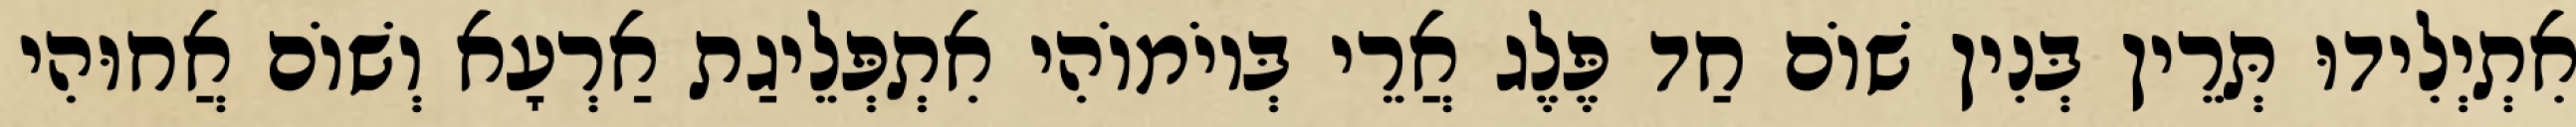
אִתְיְלִידוּ תְּרֵין בְּנִין שׁוֹם חַד פֶּלֶג אֲרֵי בְּיוֹמוֹהִי אִתְפְּלֵיגַת אַרְעָא וְשׁוֹם אֲחוּהִי